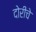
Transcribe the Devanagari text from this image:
दोरीचे